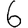
Digit: 6